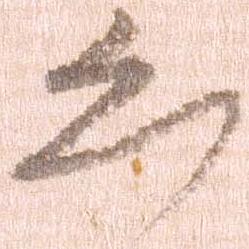
恐